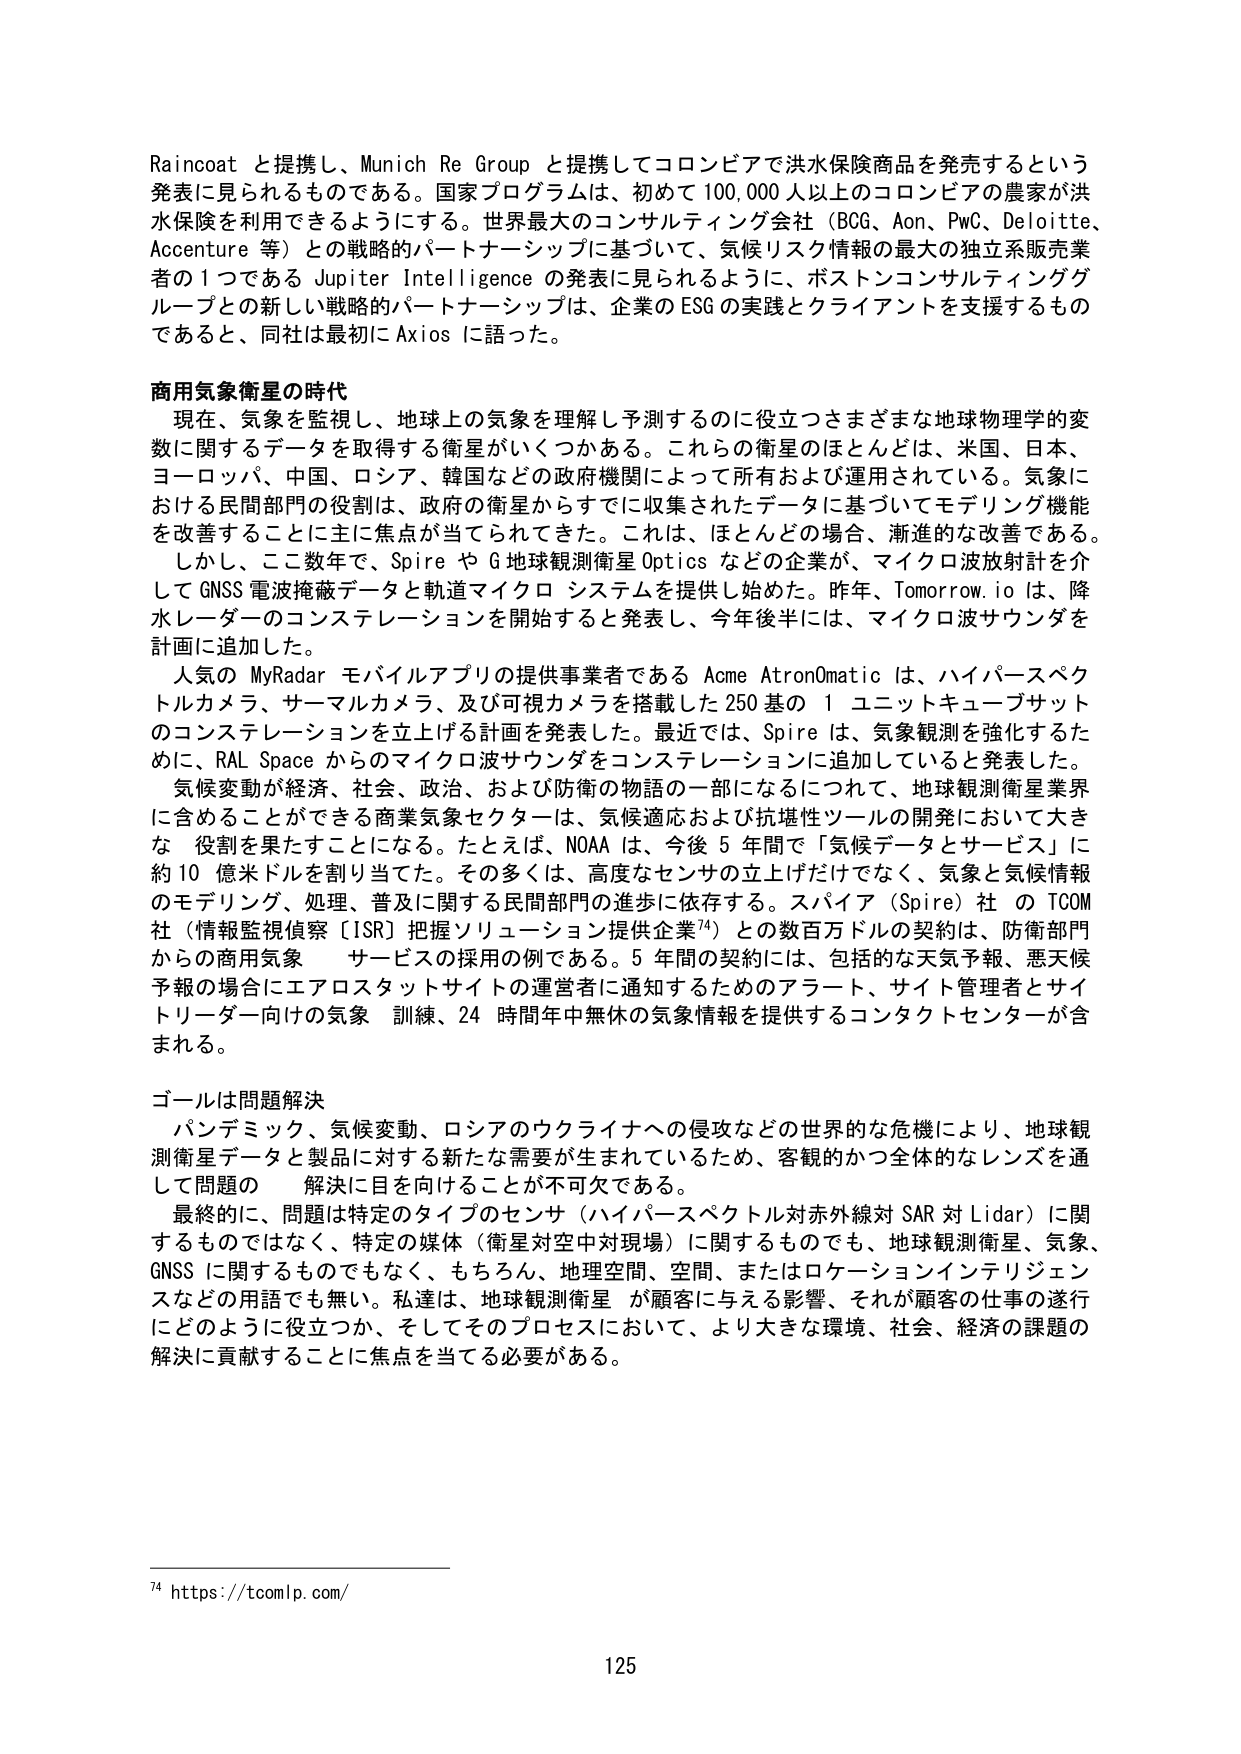
Raincoat と提携し、Munich Re Group と提携してコロンビアで洪水保険商品を発売するという発表に見られるものである。国家プログラムは、初めて 100,000 人以上のコロンビアの農家が洪水保険を利用できるようにする。世界最大のコンサルティング会社（BCG、Aon、PwC、Deloitte、Accenture 等）との戦略的パートナーシップに基づいて、気候リスク情報の最大の独立系販売業者の１つである Jupiter Intelligence の発表に見られるように、ボストンコンサルティンググループとの新しい戦略的パートナーシップは、企業の ESG の実践とクライアントを支援するものであると、同社は最初に Axios に語った。

商用気象衛星の時代

現在、気象を監視し、地球上の気象を理解し予測するのに役立つさまざまな地球物理学的変数に関するデータを取得する衛星がいくつかある。これらの衛星のほとんどは、米国、日本、ヨーロッパ、中国、ロシア、韓国などの政府機関によって所有および運用されている。気象における民間部門の役割は、政府の衛星からすでに収集されたデータに基づいてモデリング機能を改善することに主に焦点が当てられてきた。これは、ほとんどの場合、漸進的な改善である。

しかし、ここ数年で、Spire や G 地球観測衛星 Optics などの企業が、マイクロ波放射計を介して GNSS 電波掩蔽データと軌道マイクロ システムを提供し始めた。昨年、Tomorrow.io は、降水レーダーのコンステレーションを開始すると発表し、今年後半には、マイクロ波サウンダを計画に追加した。

人気の MyRadar モバイルアプリの提供事業者である Acme AstronOmatic は、ハイパースペクトルカメラ、サーマルカメラ、及び可視カメラを搭載した 250 基の 1 ユニットキューブサットのコンステレーションを立上げる計画を発表した。最近では、Spire は、気象観測を強化するために、RAL Space からのマイクロ波サウンダをコンステレーションに追加すると発表した。

気候変動が経済、社会、政治、および防衛の物語の一部になるにつれて、地球観測衛星業界に含めることができる商業気象セクターは、気候適応および抗壊性ツールの開発において大きな役割を果たすことになる。たとえば、NOAA は、今後 5 年間で「気候データとサービス」に約 10 億米ドルを割り当てた。その多くは、高度なセンサの立上げだけでなく、気象と気候情報のモデリング、処理、普及に関する民間部門の進歩に依存する。スパイア（Spire）社 の TCOM 社（情報監視偵察［ISR］把握ソリューション提供企業74）との数百万ドルの契約は、防衛部門からの商用気象 サービスの採用の例である。5 年間の契約には、包括的な天気予報、悪天候予報の場合にエアロスタットサイトの運営者に通知するためのアラート、サイト管理者とサイトリーダー向けの気象 訓練、24 時間年中無休の気象情報を提供するコントラクトセンターが含まれる。

ゴールは問題解決

パンデミック、気候変動、ロシアのウクライナへの侵攻などの世界的な危機により、地球観測衛星データと製品に対する新たな需要が生まれているため、客観的かつ全体的なレンズを通して問題の 解決に目を向けることが不可欠である。

最終的に、問題は特定のタイプのセンサ（ハイパースペクトル対赤外線対 SAR 対 Lidar）に関するものではなく、特定の媒体（衛星対空中対現場）に関するものでも、地球観測衛星、気象、GNSS に関するものでもなく、もちろん、地理空間、空間、またはロケーションインテリジェンスなどの用語でも無い。私達は、地球観測衛星 が顧客に与える影響、それが顧客の仕事の遂行にどのように役立つか、そしてそのプロセスにおいて、より大きな環境、社会、経済の課題の解決に貢献することに焦点を当てる必要がある。

74 https://tcomlp.com/

125